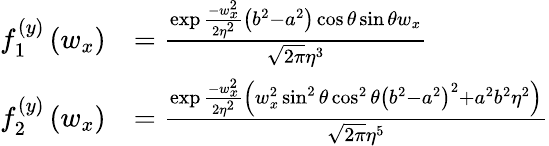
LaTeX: \begin{array}{rl}{f_{1}^{(y)}\left(w_{x}\right)}&{=\frac{\exp\frac{-w_{x}^{2}}{2\eta^{2}}\left(b^{2}-a^{2}\right)\cos\theta\sin\theta w_{x}}{\sqrt{2\pi}\eta^{3}}}\\ {f_{2}^{(y)}\left(w_{x}\right)}&{=\frac{\exp\frac{-w_{x}^{2}}{2\eta^{2}}\left(w_{x}^{2}\sin^{2}\theta\cos^{2}\theta\left(b^{2}-a^{2}\right)^{2}+a^{2}b^{2}\eta^{2}\right)}{\sqrt{2\pi}\eta^{5}}}\end{array}